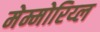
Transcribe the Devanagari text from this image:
मेम्मोरिय्ल